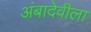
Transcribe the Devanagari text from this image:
अंबादेवीला